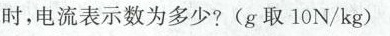
时，电流表示数为多少?(g取10N/kg)